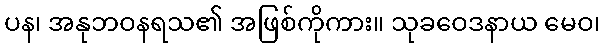
ပန၊ အနုဘဝနရသ၏ အဖြစ်ကိုကား။ သုခဝေဒနာယ မေဝ၊